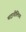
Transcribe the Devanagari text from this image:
माइचीलिया